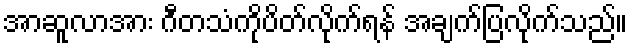
အာဆူလာအား ဂီတသံကိုပိတ်လိုက်ရန် အချက်ပြလိုက်သည်။